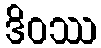
ဒိဝဿ